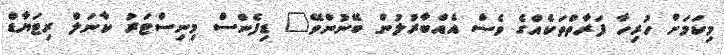
މިކަމަށް ހުރިހާ ފަރާތްތަކެއްގެ ވެސް އެއްބާރުލުން ބޭނުންވޭ" ޑިފެންސް މިނިސްޓަރު ކާނަލް ރިޓަޔާޑް